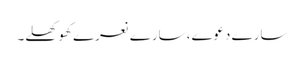
سارے دعوے، سارے نعرے کھوکھلے۔